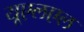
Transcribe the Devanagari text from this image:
यूएलएल